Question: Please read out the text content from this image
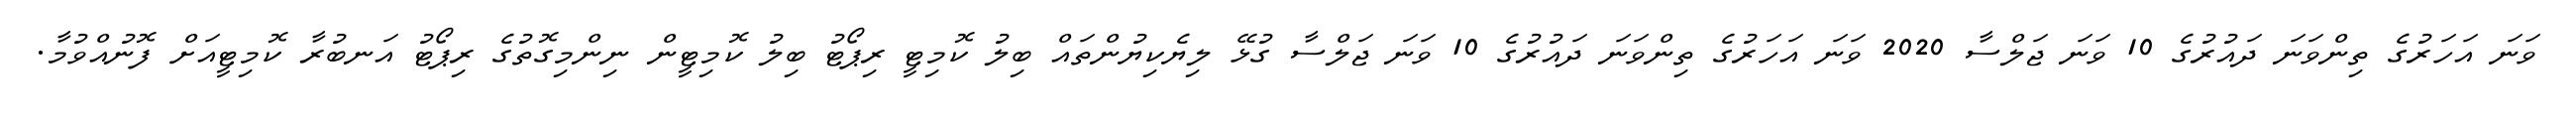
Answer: ވަނަ އަހަރުގެ ތިންވަނަ ދައުރުގެ 10 ވަނަ ޖަލްސާ 2020 ވަނަ އަހަރުގެ ތިންވަނަ ދައުރުގެ 10 ވަނަ ޖަލްސާ ގުޅޭ ލިޔެކިޔުންތައް ބިލު ކޮމިޓީ ރިޕޯޓު ބިލު ކޮމިޓީން ނިންމިގޮތުގެ ރިޕޯޓު އަނބުރާ ކޮމިޓީއަށް ފޮނުއްވުމާ.